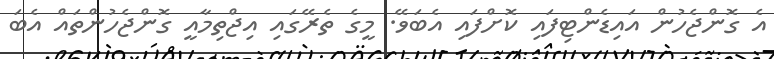
އެ ގޮންޖެހުން އައިޑެންޓިފައި ކޮށްފައި އެބަވޭ. މީގެ ތެރޭގައި އިޖްތިމާއީ ގޮންޖެހުންތައް އެބަ